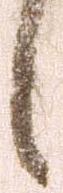
候